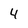
Character: 4